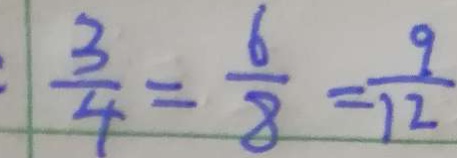
\frac { 3 } { 4 } = \frac { 6 } { 8 } = \frac { 9 } { 1 2 }